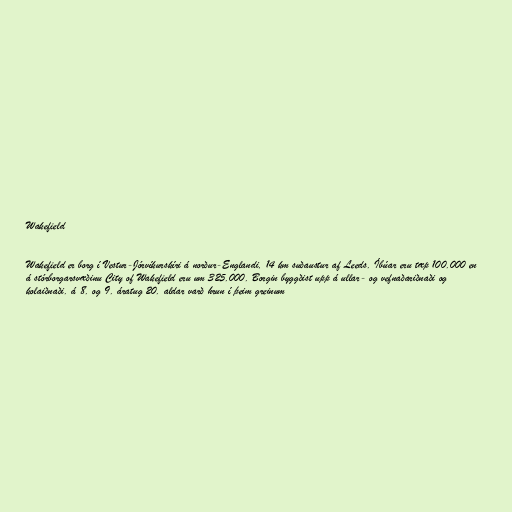
Wakefield

Wakefield er borg í Vestur-Jórvíkurskíri á norður-Englandi, 14 km suðaustur af Leeds. Íbúar eru tæp 100.000 en
á stórborgarsvæðinu City of Wakefield eru um 325.000. Borgin byggðist upp á ullar- og vefnaðariðnaði og
kolaiðnaði. á 8. og 9. áratug 20. aldar varð hrun í þeim greinum